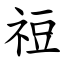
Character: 䄈